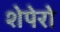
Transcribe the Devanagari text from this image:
शेपेरो